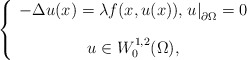
\begin{align*}\left\{ \begin{array}{c}-\Delta u(x)=\lambda f(x,u(x)),\left. u\right\vert _{\partial \Omega}=0\bigskip \\ u\in W_{0}^{1,2}(\Omega ),\end{array}\right. \end{align*}